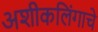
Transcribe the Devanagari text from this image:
अशीकलिंगाचे